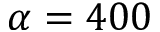
\alpha = 4 0 0